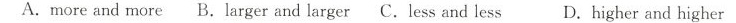
A.more and more B.larger and larger C.less and less D.higher and higher